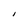
Character: I